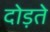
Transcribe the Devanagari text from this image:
दोड़ते